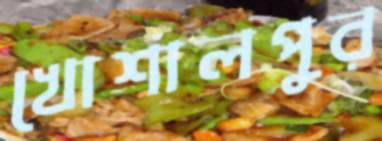
খোশালপুর